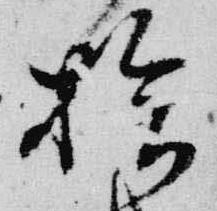
拾